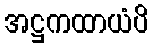
အဋ္ဌကထာယံပိ